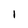
Character: 1